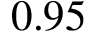
0 . 9 5